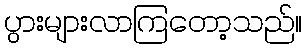
ပွားများလာကြတော့သည်။